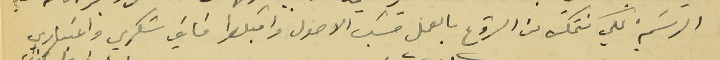
الرسَمية لكي نتمكن من الشروع بالعمل حسَب الاصول واقبلوا فايق شكري واعتباري